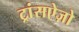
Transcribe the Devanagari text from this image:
ट्रांसऐज़ो